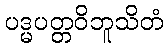
ပဒ္မပတ္တဝိဘူသိတံ